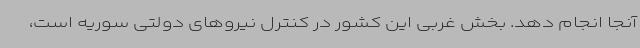
آنجا انجام دهد. بخش غربی این کشور در کنترل نیروهای دولتی سوریه است،